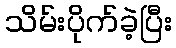
သိမ်းပိုက်ခဲ့ပြီး